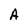
Character: A